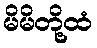
မိမိတို့ထံ